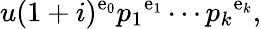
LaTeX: u(1+i)^{\mathrm{e}_{0}}{p_{1}}^{\mathrm{e}_{1}}\cdots{p_{k}}^{\mathrm{e}_{k}},